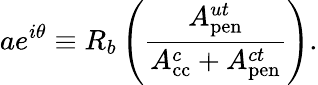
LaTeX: ae^{i\theta}\equiv R_{b}\left(\frac{A_{\mathrm{pen}}^{ut}}{A_{\mathrm{cc}}^{c}+A_{\mathrm{pen}}^{ct}}\right).